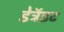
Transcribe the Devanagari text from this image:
डेट्रॅइट